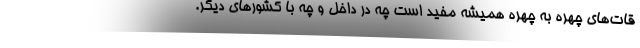
قات‌های چهره به چهره همیشه مفید است چه در داخل و چه با کشورهای دیگر.